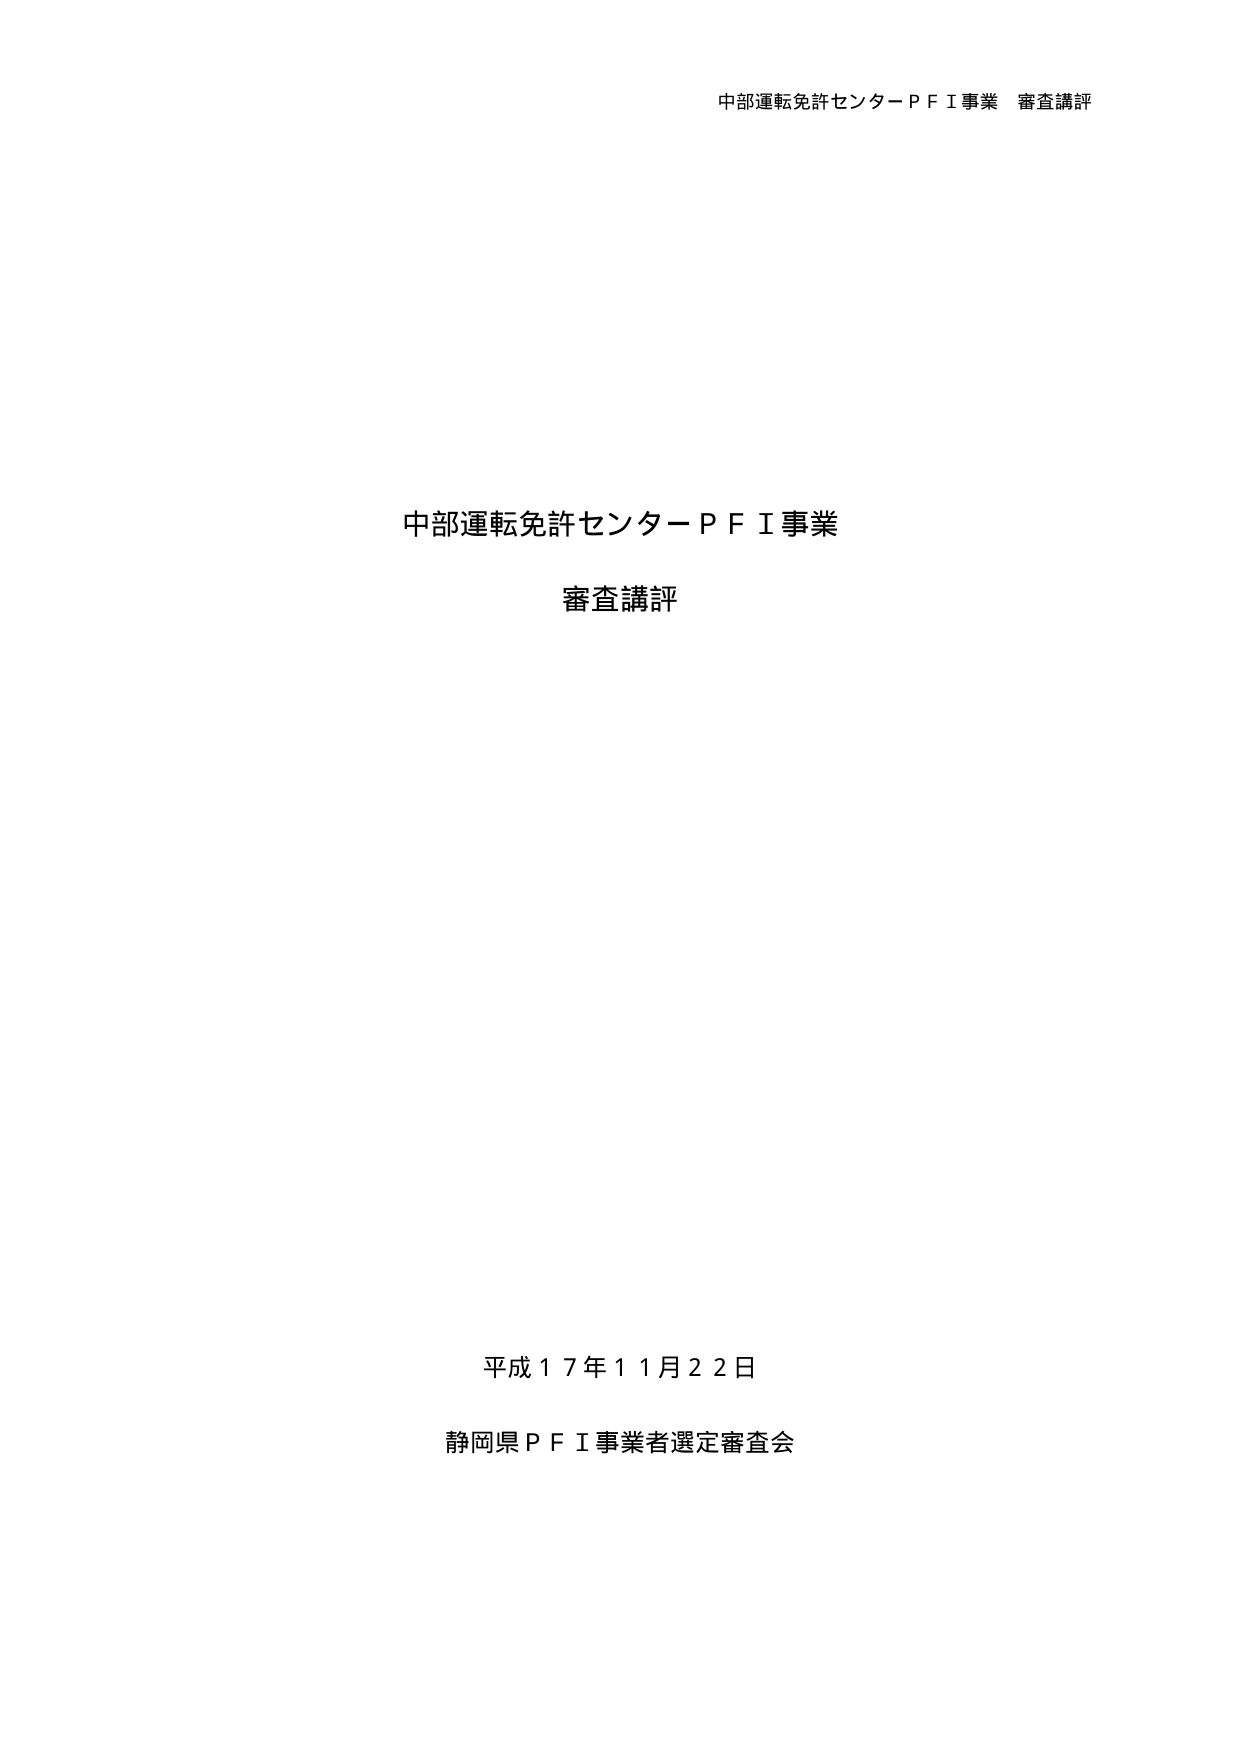
中部運転免許センターＰＦＩ事業 審査講評

中部運転免許センターＰＦＩ事業
審査講評

平成１７年１１月２２日
静岡県ＰＦＩ事業者選定審査会